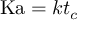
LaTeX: \mathrm { K a } = k t _ { c }